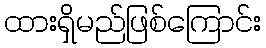
ထားရှိမည်ဖြစ်ကြောင်း